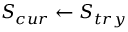
S _ { c u r } \gets S _ { t r y }